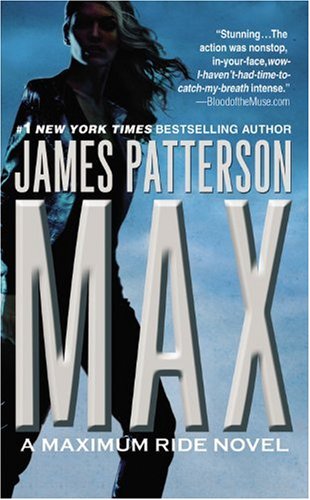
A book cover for Max (Maximum Ride, Book 5); James Patterson; Science Fiction & Fantasy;